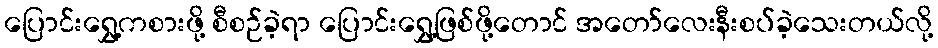
ပြောင်းရွှေ့ကစားဖို့ စီစဉ်ခဲ့ရာ ပြောင်းရွှေ့ဖြစ်ဖို့တောင် အတော်လေးနီးစပ်ခဲ့သေးတယ်လို့